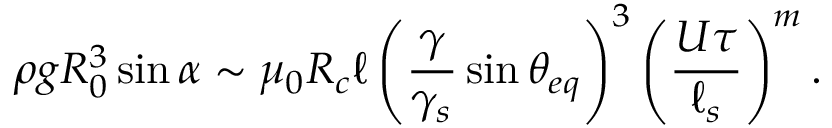
\rho g R _ { 0 } ^ { 3 } \sin { \alpha } \sim \mu _ { 0 } R _ { c } \ell \left( \frac { \gamma } { \gamma _ { s } } \sin { \theta _ { e q } } \right) ^ { 3 } \left( \frac { U \tau } { \ell _ { s } } \right) ^ { m } .